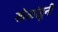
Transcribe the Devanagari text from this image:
खेळांडूनी